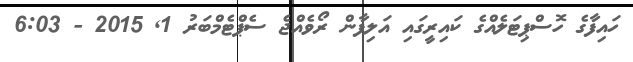
ހައިފާގެ ހޮސްޕިޓަލެއްގެ ކައިރީގައި އަލިފާން ރޯވެއްޖެ ސެޕްޓެމްބަރު 1